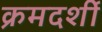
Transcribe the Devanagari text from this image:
क्रमदर्शी